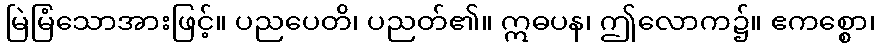
မြဲမြံသောအားဖြင့်။ ပညပေတိ၊ ပညတ်၏။ ဣဓပန၊ ဤလောက၌။ ဧကစ္စော၊